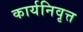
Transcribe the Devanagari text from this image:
कार्यनिवृत्त